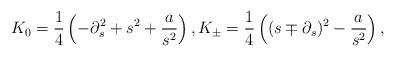
LaTeX: \begin{align*}K_0=\frac14 \left(-\partial_s ^2 +s^2+\frac{a}{s^2}\right),K_{\pm}=\frac14 \left( (s\mp \partial_s)^2-\frac{a}{s^2}\right), \end{align*}